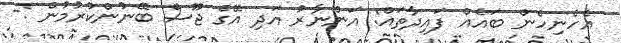
އެހެނިހެން ބައެއް ފައިދާތައް: އަންނާރު އަދި އޭގެ ޖޫސް ބޭނުންކުރުމުން :-